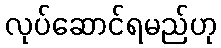
လုပ်ဆောင်ရမည်ဟု